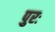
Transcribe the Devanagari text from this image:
पुरः